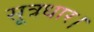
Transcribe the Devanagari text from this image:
सूत्रधार।